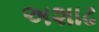
અશાઢ